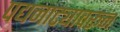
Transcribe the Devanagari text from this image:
पद्यनाट्यावरून